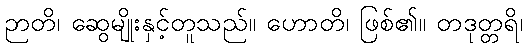
ဉာတိ၊ ဆွေမျိုးနှင့်တူသည်။ ဟောတိ၊ ဖြစ်၏။ တဒုတ္တရိ၊